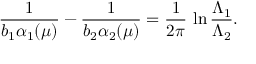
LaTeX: \frac { 1 } { b _ { 1 } \alpha _ { 1 } ( \mu ) } - \frac { 1 } { b _ { 2 } \alpha _ { 2 } ( \mu ) } = \frac { 1 } { 2 \pi } \, \ln \frac { \Lambda _ { 1 } } { \Lambda _ { 2 } } .